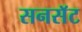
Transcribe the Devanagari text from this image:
सनसॅट